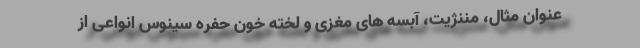
عنوان مثال، مننژیت، آبسه های مغزی و لخته خون حفره سینوس انواعی از